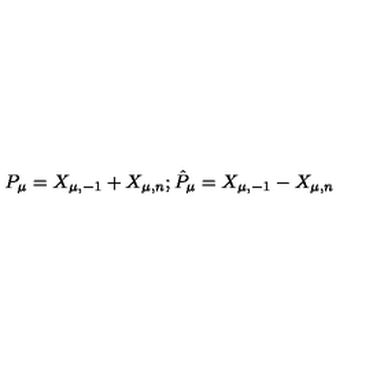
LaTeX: P _ { \mu } = X _ { \mu , - 1 } + X _ { \mu , n } ; \hat { P } _ { \mu } = X _ { \mu , - 1 } - X _ { \mu , n }